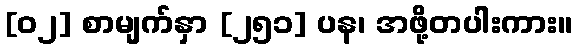
[၀၂] စာမျက်နှာ [၂၅၁] ပန၊ အဖို့တပါးကား။